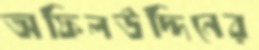
অফিলউদ্দিনের